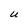
Character: U